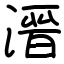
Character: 溍